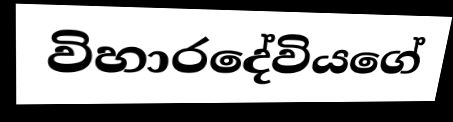
විහාරදේවියගේ